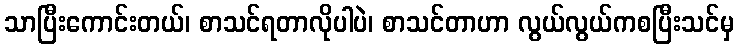
သာပြီးကောင်းတယ်၊ စာသင်ရတာလိုပါပဲ၊ စာသင်တာဟာ လွယ်လွယ်ကစပြီးသင်မှ